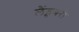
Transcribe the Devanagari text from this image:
लैंड्सबरो